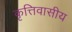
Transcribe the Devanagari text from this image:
कृत्तिवासीय